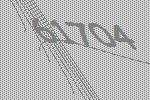
61704